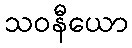
သဝနီယော